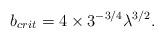
LaTeX: \begin{align*}b_{crit}=4\times 3^{-3/4}\lambda ^{3/2}. \end{align*}